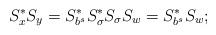
LaTeX: \begin{align*}S_x^*S_y=S_{b^s}^*S_{\sigma}^*S_\sigma S_w=S_{b^s}^*S_w;\end{align*}